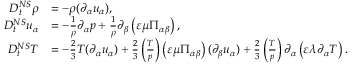
\begin{array} { r l } { D _ { t } ^ { N S } \rho } & { = - \rho ( \partial _ { \alpha } u _ { \alpha } ) , } \\ { D _ { t } ^ { N S } u _ { \alpha } } & { = - \frac { 1 } { \rho } \partial _ { \alpha } p + \frac { 1 } { \rho } \partial _ { \beta } \left( \varepsilon \mu \Pi _ { \alpha \beta } \right) , } \\ { D _ { t } ^ { N S } T } & { = - \frac { 2 } { 3 } T ( \partial _ { \alpha } u _ { \alpha } ) + \frac { 2 } { 3 } \left( \frac { T } { p } \right) \left( \varepsilon \mu \Pi _ { \alpha \beta } \right) ( \partial _ { \beta } u _ { \alpha } ) + \frac { 2 } { 3 } \left( \frac { T } { p } \right) \partial _ { \alpha } \left( \varepsilon \lambda \partial _ { \alpha } T \right) . } \end{array}